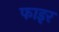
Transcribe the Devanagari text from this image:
फाइर